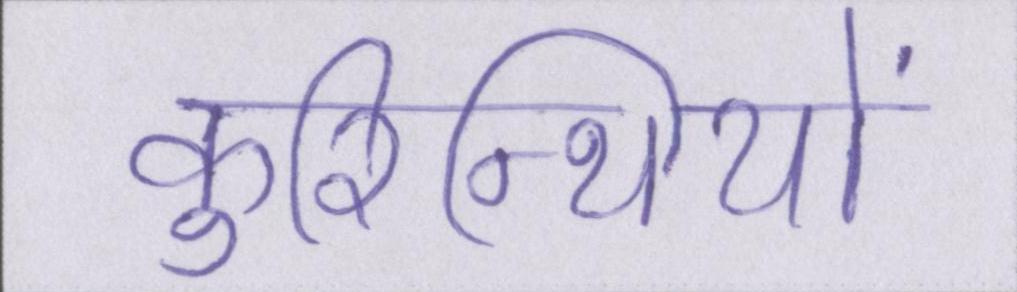
कुरिन्थियों